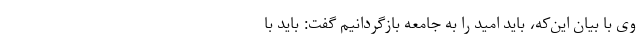
وی با بیان این‌که، باید امید را به جامعه بازگردانیم گفت: باید با